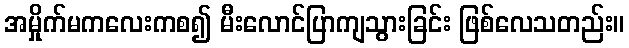
အမှိုက်မကလေးကစ၍ မီးလောင်ပြာကျသွားခြင်း ဖြစ်လေသတည်း။